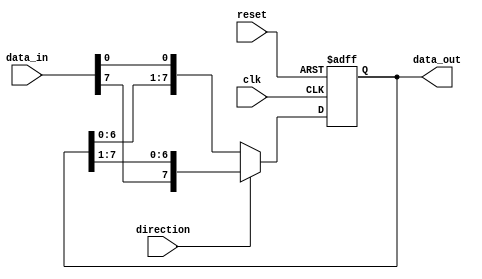
module bidirectional_shift_register(
    input wire clk,
    input wire reset,
    input wire direction,
    input wire [7:0] data_in,
    output reg [7:0] data_out
);

reg [7:0] reg_data;
reg [7:0] shifted_data;

always @ (posedge clk or posedge reset) begin
    if (reset) begin
        reg_data <= 8'b0;
    end else begin
        if (direction == 1'b0) begin // shift left
            reg_data <= {reg_data[6:0], data_in[0]};
        end else begin // shift right
            reg_data <= {data_in[7], reg_data[7:1]};
        end
    end
end

assign data_out = reg_data;

endmodule